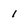
Character: 1